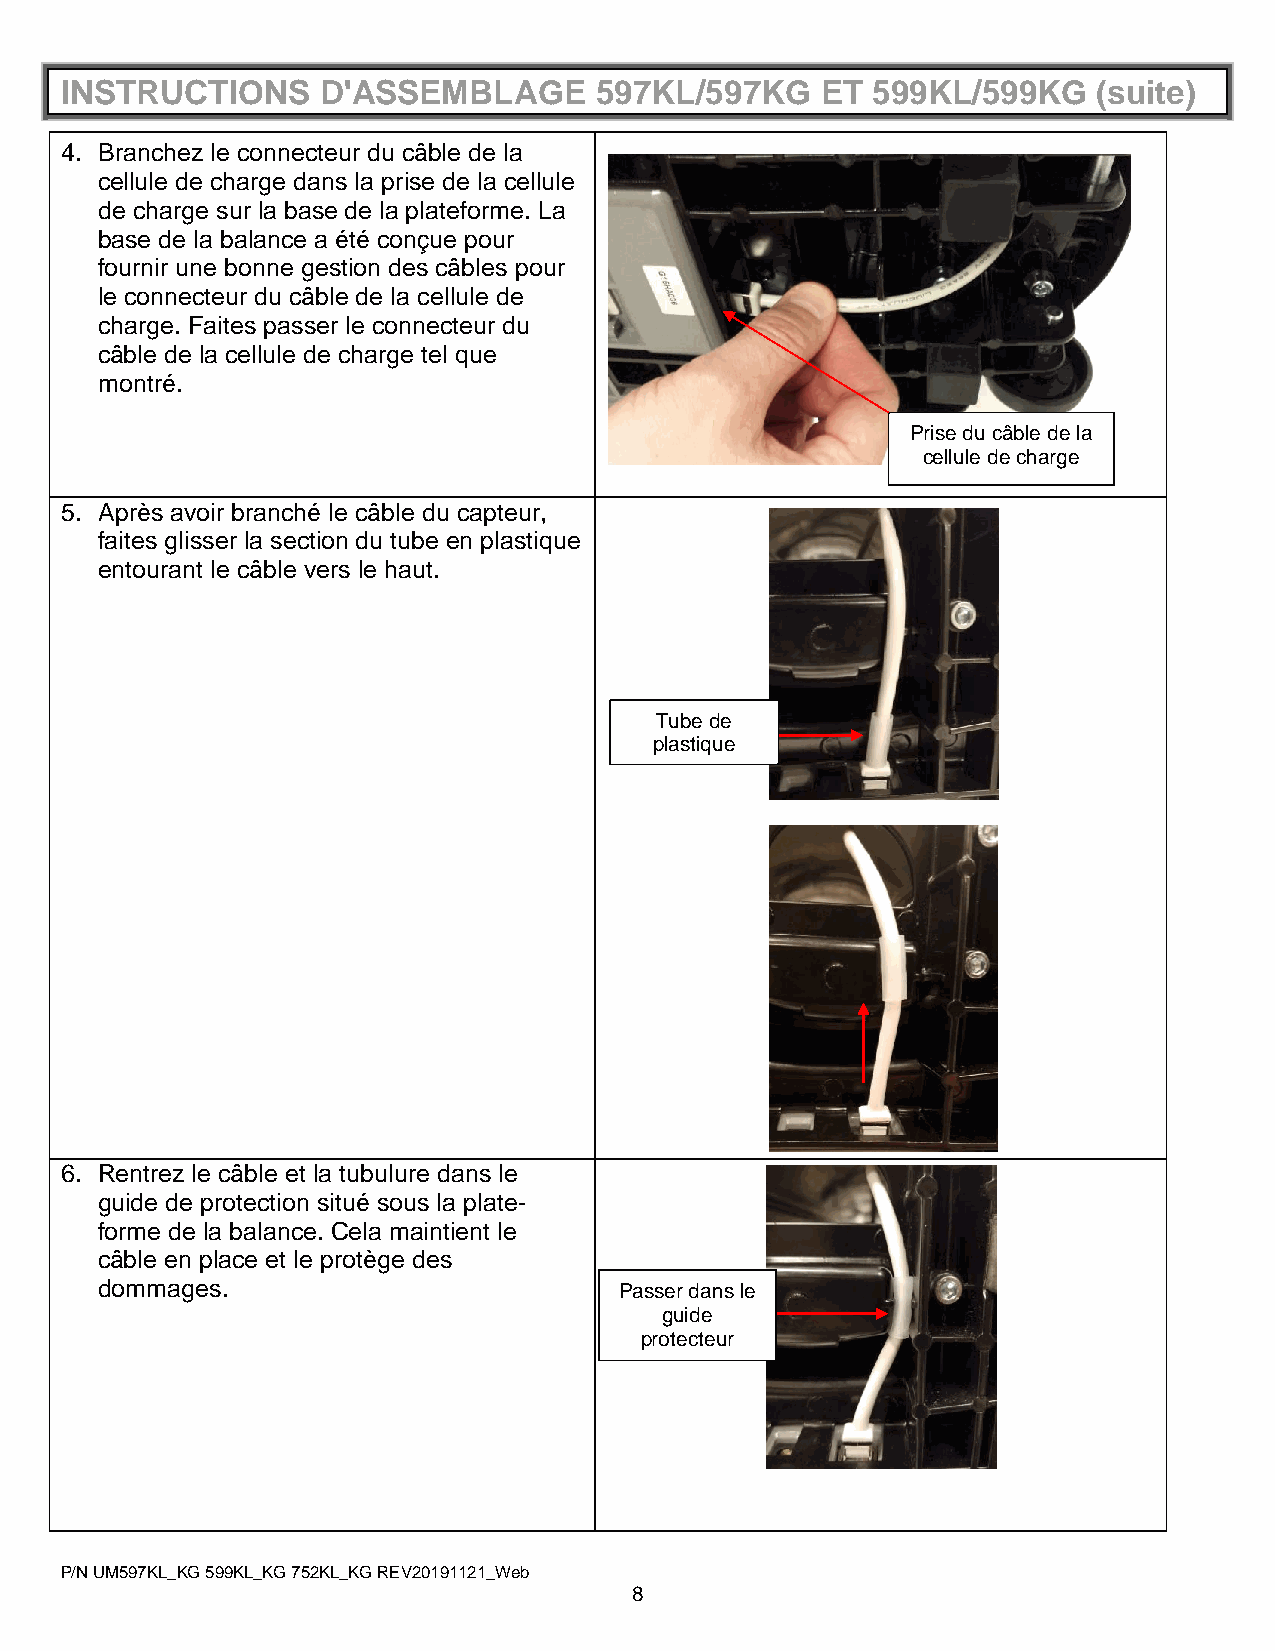
INSTRUCTIONS     D'ASSEMBLAGE      597KL/597KG    ET  599KL/599KG    (suite)
 4. Branchez le connecteur du câble de la
 cellule de charge dans la prise de la cellule
 de charge sur la base de la plateforme. La
 base de la balance a été conçue pour
 fournir une bonne gestion des câbles pour
 le connecteur du câble de la cellule de
 charge. Faites passer le connecteur du
 câble de la cellule de charge tel que
 montré.
 Prise du câble de la
 cellule de charge
 5. Après avoir branché le câble du capteur,
 faites glisser la section du tube en plastique
 entourant le câble vers le haut.
 Tube de
 plastique
 6. Rentrez le câble et la tubulure dans le
 guide de protection situé sous la plate-
 forme de la balance. Cela maintient le
 câble en place et le protège des
 dommages.                          Passer dans le
 guide
 protecteur
 P/N UM597KL_KG 599KL_KG 752KL_KG REV20191121_Web
 8